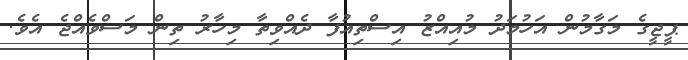
ޕީޖީގެ މަގާމުން އަހުމަދު މުއިއްޒު އިސްތިއުފާ ދެއްވިތާ މިހާރު ތިން މަސްވެއްޖެ އެވެ.